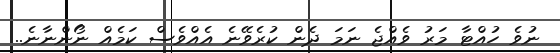
ނުވެ ހުއްޓާ މަރު ވެއްޖެ ނަމަ ދެން ކުރެވޭނެ އެއްވެސް ކަމެއް ނޯންނާނެ..